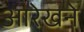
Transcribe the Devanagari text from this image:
आरेखने